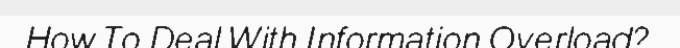
How To Deal With Information Overload?